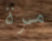
مرة